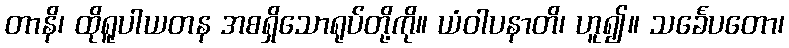
တာနိ၊ ထိုရူပါယတန အစရှိသောရုပ်တို့ကို။ ယံဝါပနာတိ၊ ဟူ၍။ သင်္ခေပတော၊